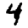
Digit: 4